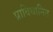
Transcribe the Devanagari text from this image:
प्राविधानित